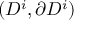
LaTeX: ( D ^ { i } , \partial D ^ { i } )